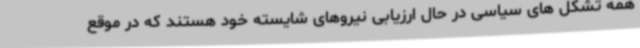
همه تشکل های سیاسی در حال ارزیابی نیروهای شایسته خود هستند که در موقع